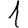
Digit: 1